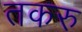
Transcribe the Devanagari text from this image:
तकरु